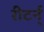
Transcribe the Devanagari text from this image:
रीटर्न्